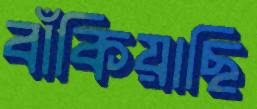
বাঁকিয়াছি